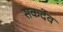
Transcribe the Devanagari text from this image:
सकर्देव